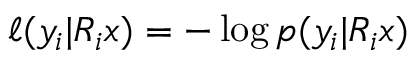
\ell ( y _ { i } | R _ { i } x ) = - \log p ( y _ { i } | R _ { i } x )